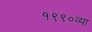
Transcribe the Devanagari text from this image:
१९९०व्या